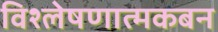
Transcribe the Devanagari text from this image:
विश्लेषणात्मकबन